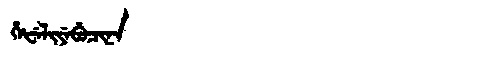
Manchu: ᡥᡝᡶᡝᠯᡳᠶᡝᠪᡠᠴᡳᠨᠠ
Romanization: HEFELIYEBUCINA